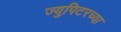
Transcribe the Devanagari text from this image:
ज्युपिटरच्या